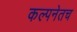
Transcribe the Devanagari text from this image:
कल्पनेतच